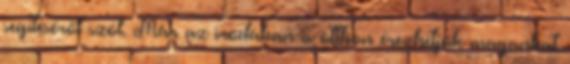
segítéséről szól. Már az irodában is otthon érezhetjük magunkat